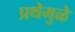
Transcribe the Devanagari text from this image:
प्रथेमुळे